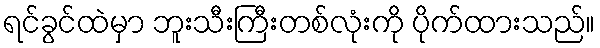
ရင်ခွင်ထဲမှာ ဘူးသီးကြီးတစ်လုံးကို ပိုက်ထားသည်။